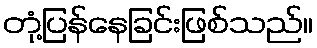
တုံ့ပြန်နေခြင်းဖြစ်သည်။